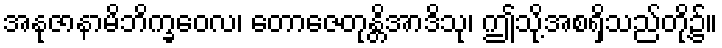
အနုဇာနာမိဘိက္ခဝေလ၊ တောဇေတုန္တိအာဒိသု၊ ဤသို့အစရှိသည်တို့၌။